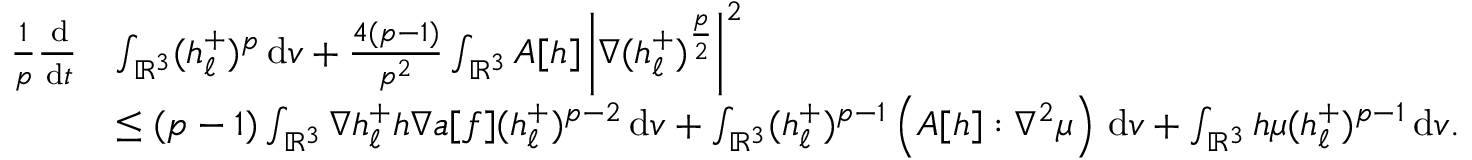
\begin{array} { r l } { \frac { 1 } { p } \frac { \, \mathrm { d } } { \, \mathrm { d } t } } & { \int _ { \ensuremath { { \mathbb R } } ^ { 3 } } ( h _ { \ell } ^ { + } ) ^ { p } \, \mathrm { d } v + \frac { 4 ( p - 1 ) } { p ^ { 2 } } \int _ { \ensuremath { { \mathbb R } } ^ { 3 } } A [ h ] \left\vert \nabla ( h _ { \ell } ^ { + } ) ^ { \frac { p } { 2 } } \right\vert ^ { 2 } } \\ & { \leq ( p - 1 ) \int _ { \ensuremath { { \mathbb R } } ^ { 3 } } \nabla h _ { \ell } ^ { + } h \nabla a [ f ] ( h _ { \ell } ^ { + } ) ^ { p - 2 } \, \mathrm { d } v + \int _ { \ensuremath { { \mathbb R } } ^ { 3 } } ( h _ { \ell } ^ { + } ) ^ { p - 1 } \left( A [ h ] : \nabla ^ { 2 } \mu \right) \, \mathrm { d } v + \int _ { \ensuremath { { \mathbb R } } ^ { 3 } } h \mu ( h _ { \ell } ^ { + } ) ^ { p - 1 } \, \mathrm { d } v . } \end{array}